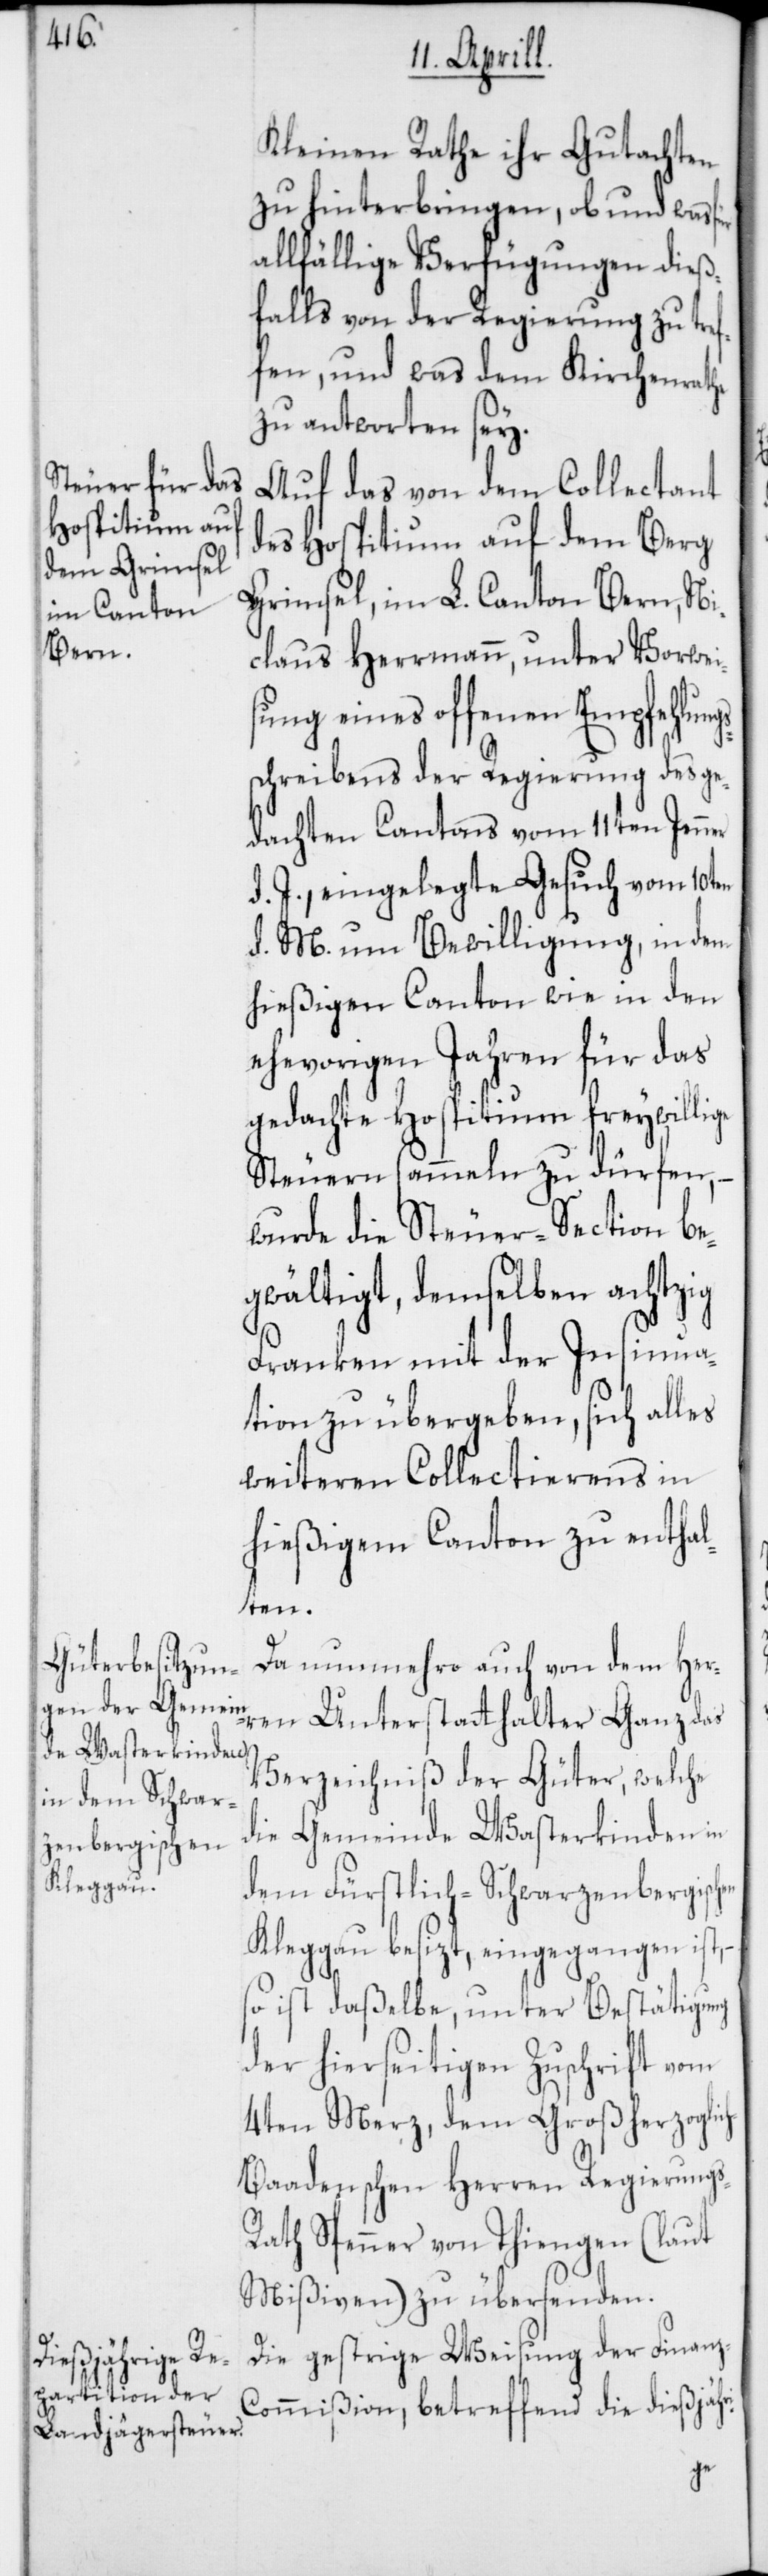
Kleinen Rathe ihr Gutachten
zu hinterbringen, ob und was
allfählige Verfügungen dieß¬
falls von der Regierung zu tref¬
fen, und was dem Kirchenrathe
zu antworten sey.
Auf das von dem Collectant
des Hospitium auf dem Berg
Grimsel, im L. Canton Bern, Nic¬
laus Herrmann, unter Vorwei¬
sung eines offenen Empfehlun¬
schreibens der Regierung des ge¬
dachten Cantons vom 11ten Jenner
d. J., eingelegte Gesuch vom 10ten
d. M. um Bewilligung, in dem
hießigen Canton wie in den
ehevorigen Jahren für das
gedachte Hospitium freywillige
Steuern sammeln zu dürfen,
wurde die Steuersection be¬
gwältigt, demselben achtzig
Franken mit der Insinnua¬
tion zu übergeben, sich alles
weiteren Collectierens in
hießigem Canton zu enthal¬
ten.
Da nunmehro auch von dem Her¬
ren Unterstatthalter Ganz das
Verzeichniß der Güter, welche
die Gemeinde Wasterkingen in
dem Fürstlich-Schwarzenbergischen
Kleggau besizt, eingegangen ist,
so ist daßelbe, unter Bestätigung
der hierseitigen Zuschrift vom
4ten Merz, dem Großherzoglic¬
h-Baadenschen Herren Regierungs-R¬
ath Spenner von Thiengen (laut
Mißiven) zu übersenden.
Die gestrige Weisung der Finanz-C¬
ommißion, betreffend die diesjähri-
gs¬